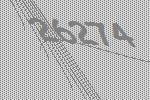
26274